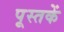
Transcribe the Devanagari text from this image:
पूस्‍तकें